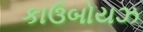
કાઉબોયઝ